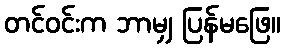
တင်ဝင်းက ဘာမျှ ပြန်မဖြေ။